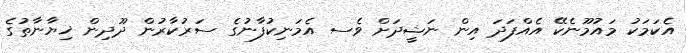
އެކަމަކު މައުމޫނެކޭ އެއްފަދަ އިން ނަޝީދަށް ވެސ އެމަނިކުފާނުގެ ސަރުކާރުން ދޫދިން ޚިޔާނާތުގެ